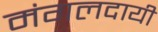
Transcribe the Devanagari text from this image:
मंगलदायी